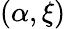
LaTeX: (\alpha,\xi)